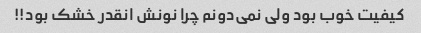
کیفیت خوب بود ولی نمی‌دونم چرا نونش انقدر خشک بود!!